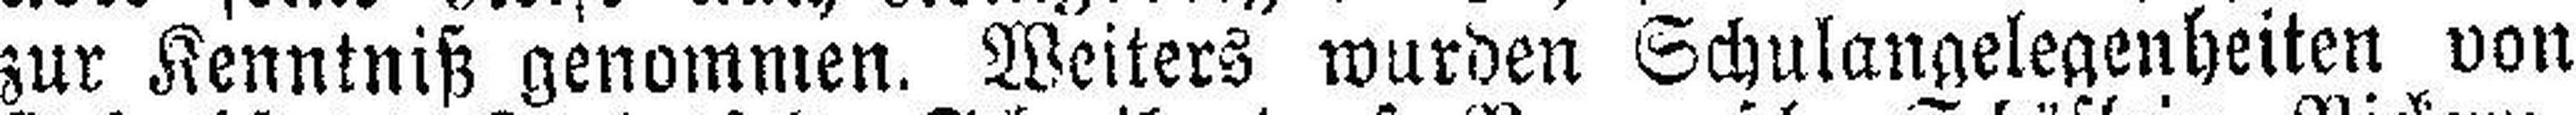
zur Kenntniß genommen. Weiters wurden Schulangelegenheiten von